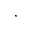
^ { * }